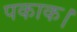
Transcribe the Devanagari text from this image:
पकाक।